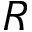
R